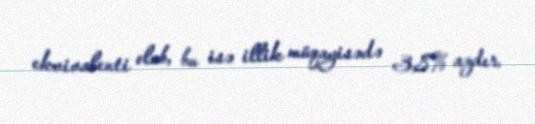
ekvivalenti olub, bu isə illik müqayisədə 3,8% azdır.